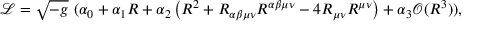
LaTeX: { \mathcal { L } } = { \sqrt { - g } } \ ( \alpha _ { 0 } + \alpha _ { 1 } R + \alpha _ { 2 } \left( R ^ { 2 } + R _ { \alpha \beta \mu \nu } R ^ { \alpha \beta \mu \nu } - 4 R _ { \mu \nu } R ^ { \mu \nu } \right) + \alpha _ { 3 } { \mathcal { O } } ( R ^ { 3 } ) ) ,